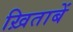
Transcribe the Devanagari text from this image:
ख़िताबें